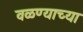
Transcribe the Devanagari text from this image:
वळण्याच्या